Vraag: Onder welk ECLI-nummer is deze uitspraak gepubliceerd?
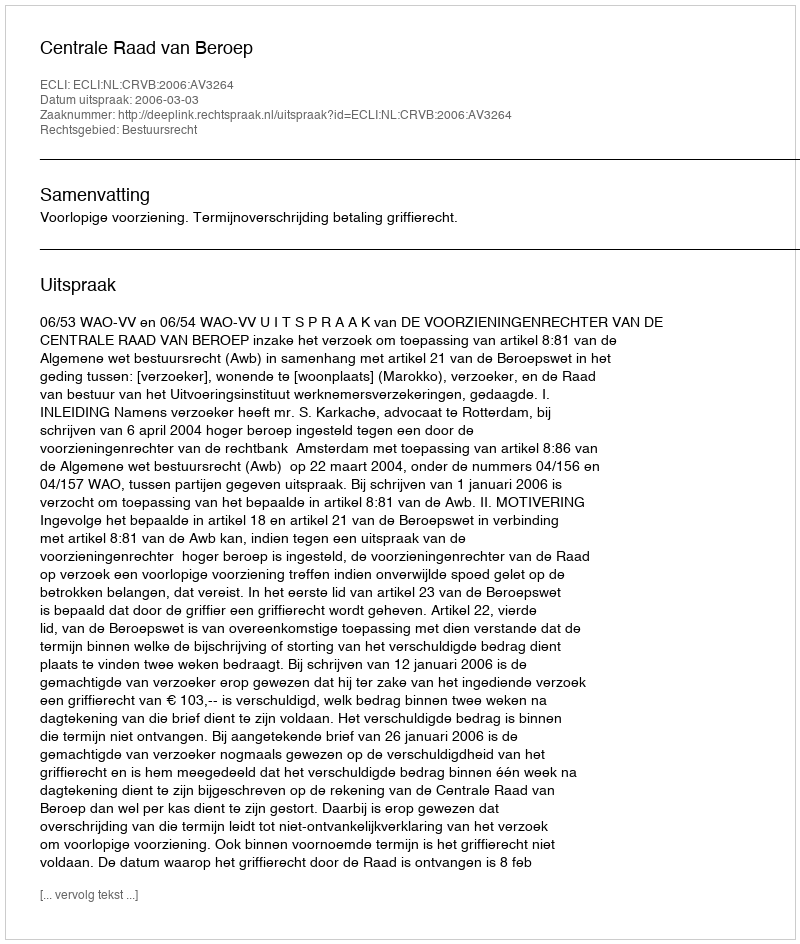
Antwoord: ECLI:NL:CRVB:2006:AV3264